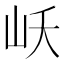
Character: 岆